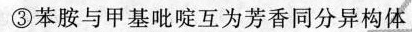
③苯胺与甲基吡啶互为芳香同分异构体